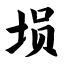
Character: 埙